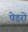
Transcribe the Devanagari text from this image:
पेडरो